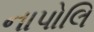
નાપોલિ